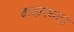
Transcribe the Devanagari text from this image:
ककरघटा